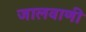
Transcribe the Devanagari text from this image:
जालवाणी